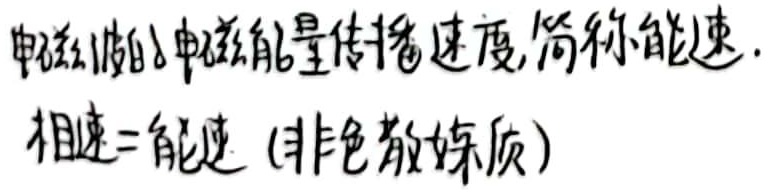
电磁波的电磁能量传播速度,简称能速。相速 = 能速（非色散媒质）